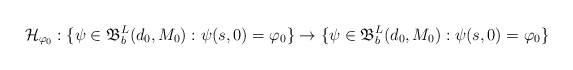
\begin{align*}\mathcal{H}_{\varphi_0}: \{\psi\in\mathfrak{B}_{b}^{L}(d_0,M_0): \psi(s,0)=\varphi_0\}\to\{\psi\in\mathfrak{B}_{b}^{L}(d_0,M_0): \psi(s,0)=\varphi_0\}\end{align*}